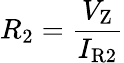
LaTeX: R_{2}={\frac{V_{\mathrm{Z}}}{I_{\mathrm{R2}}}}